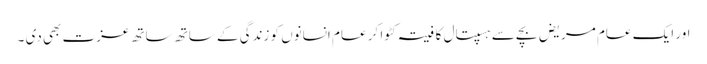
اور ایک عام مریض بچے سے ہسپتال کا فیتہ کٹوا کر عام انسانوں کو زندگی کے ساتھ ساتھ عزت بھی دی ۔